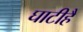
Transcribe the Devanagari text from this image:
घाटीहै